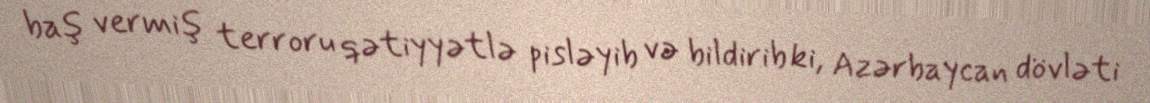
baş vermiş terroru qətiyyətlə pisləyib və bildirib ki, Azərbaycan dövləti